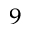
^ { 9 }